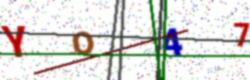
Text: YO47